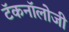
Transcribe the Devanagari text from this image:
टॅकनॉलोजी